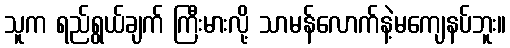
သူက ရည်ရွယ်ချက် ကြီးမားလို့ သာမန်လောက်နဲ့မကျေနပ်ဘူး။